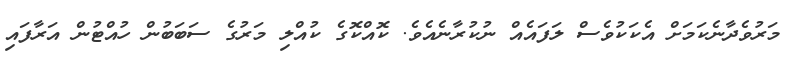
މަރުވެދާނެކަމަށް އެކަކުވެސް ލަފައެއް ނުކުރާނެއެވެ. ކޮއްކޮގެ ކުއްލި މަރުގެ ސަބަބުން ހުއްޓުން އަރާފައި